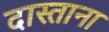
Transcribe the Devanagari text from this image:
दास्ताना